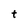
Character: t